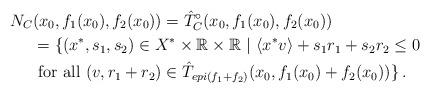
LaTeX: \begin{align*}N_{C}&(x_0, f_1(x_0), f_2(x_0)) = \hat T_{C}^\circ(x_0, f_1(x_0), f_2(x_0)) \\& =\{ (x^*, s_1, s_2) \in X^*\times \mathbb{R}\times \mathbb{R} \ | \ \langle x^* v\rangle + s_1 r_1 + s_2 r_2 \le 0\\& \mbox{ for all } (v, r_1+r_2) \in \hat T_{epi (f_1+f_2)}(x_0, f_1(x_0)+ f_2(x_0)) \} \, .\end{align*}